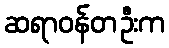
ဆရာဝန်တဦးက